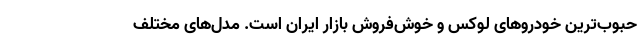
حبوب‌ترین خودروهای لوکس و خوش‌فروش بازار ایران است. مدل‌های مختلف